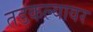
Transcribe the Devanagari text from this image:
तडकल्यावर